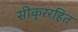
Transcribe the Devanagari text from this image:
सीकुररहित